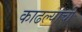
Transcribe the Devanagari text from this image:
काढल्याची